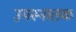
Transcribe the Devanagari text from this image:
उपस्नातक